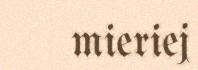
mieriej